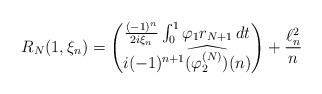
LaTeX: \begin{align*}R_N(1,\xi_n)= \begin{pmatrix}\frac{(-1)^n}{2i\xi_n}\int_0^1\varphi_1r_{N+1}\,dt \\i(-1)^{n+1} \widehat{(\varphi_2^{(N)})}(n)\end{pmatrix}+ \frac{\ell^2_n}{n}\end{align*}